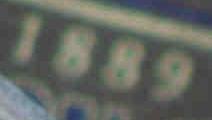
1889